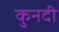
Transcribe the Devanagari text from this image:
कुनदी